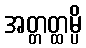
အတ္တတ္ထမ္ပိ